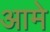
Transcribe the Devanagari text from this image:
आमे